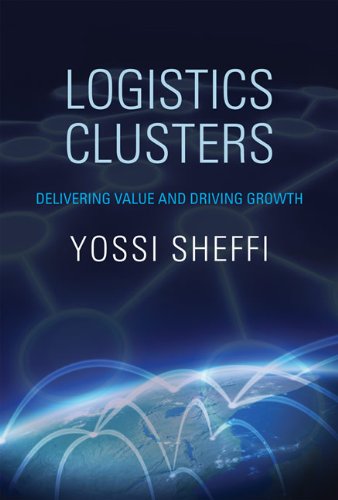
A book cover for Logistics Clusters: Delivering Value and Driving Growth; Yossi Sheffi; Business & Money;